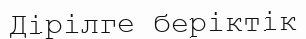
Дірілге беріктік